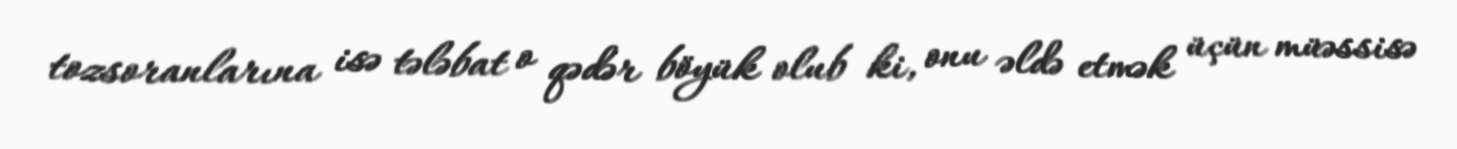
tozsoranlarına isə tələbat o qədər böyük olub ki, onu əldə etmək üçün müəssisə